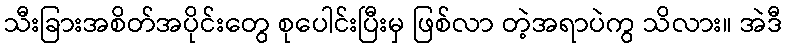
သီးခြားအစိတ်အပိုင်းတွေ စုပေါင်းပြီးမှ ဖြစ်လာ တဲ့အရာပဲကွ သိလား။ အဲဒီ